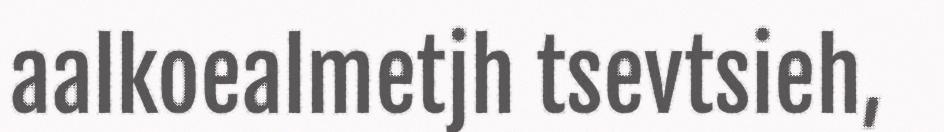
aalkoealmetjh tsevtsieh,